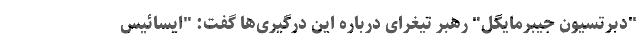
"دبرتسیون جیبرمایگل" رهبر تیغرای درباره این درگیری‌ها گفت: "ایسائیس